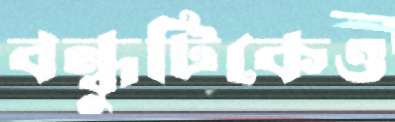
বন্ধুটিকেও